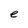
Character: e